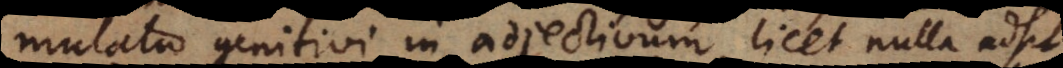
mutatio genitivi in adjectivum, licet nulla